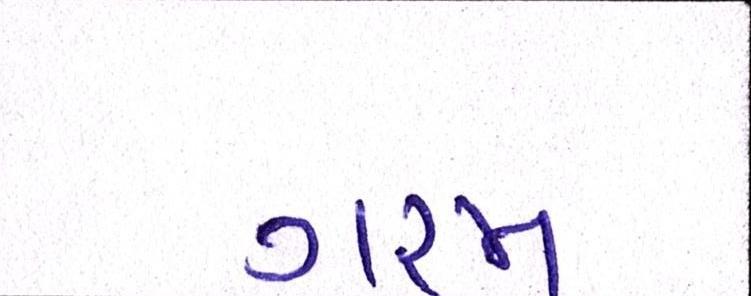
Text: ગરમ